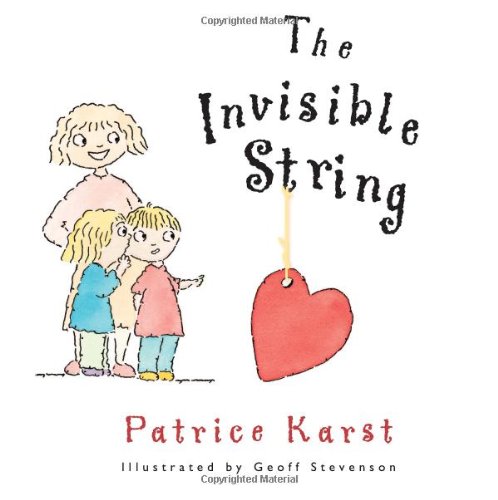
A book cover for The Invisible String; Patrice Karst; Parenting & Relationships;